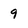
Character: 9